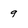
Character: 9